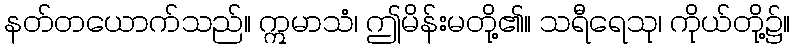
နတ်တယောက်သည်။ ဣမာသံ၊ ဤမိန်းမတို့၏။ သရီရေသု၊ ကိုယ်တို့၌။